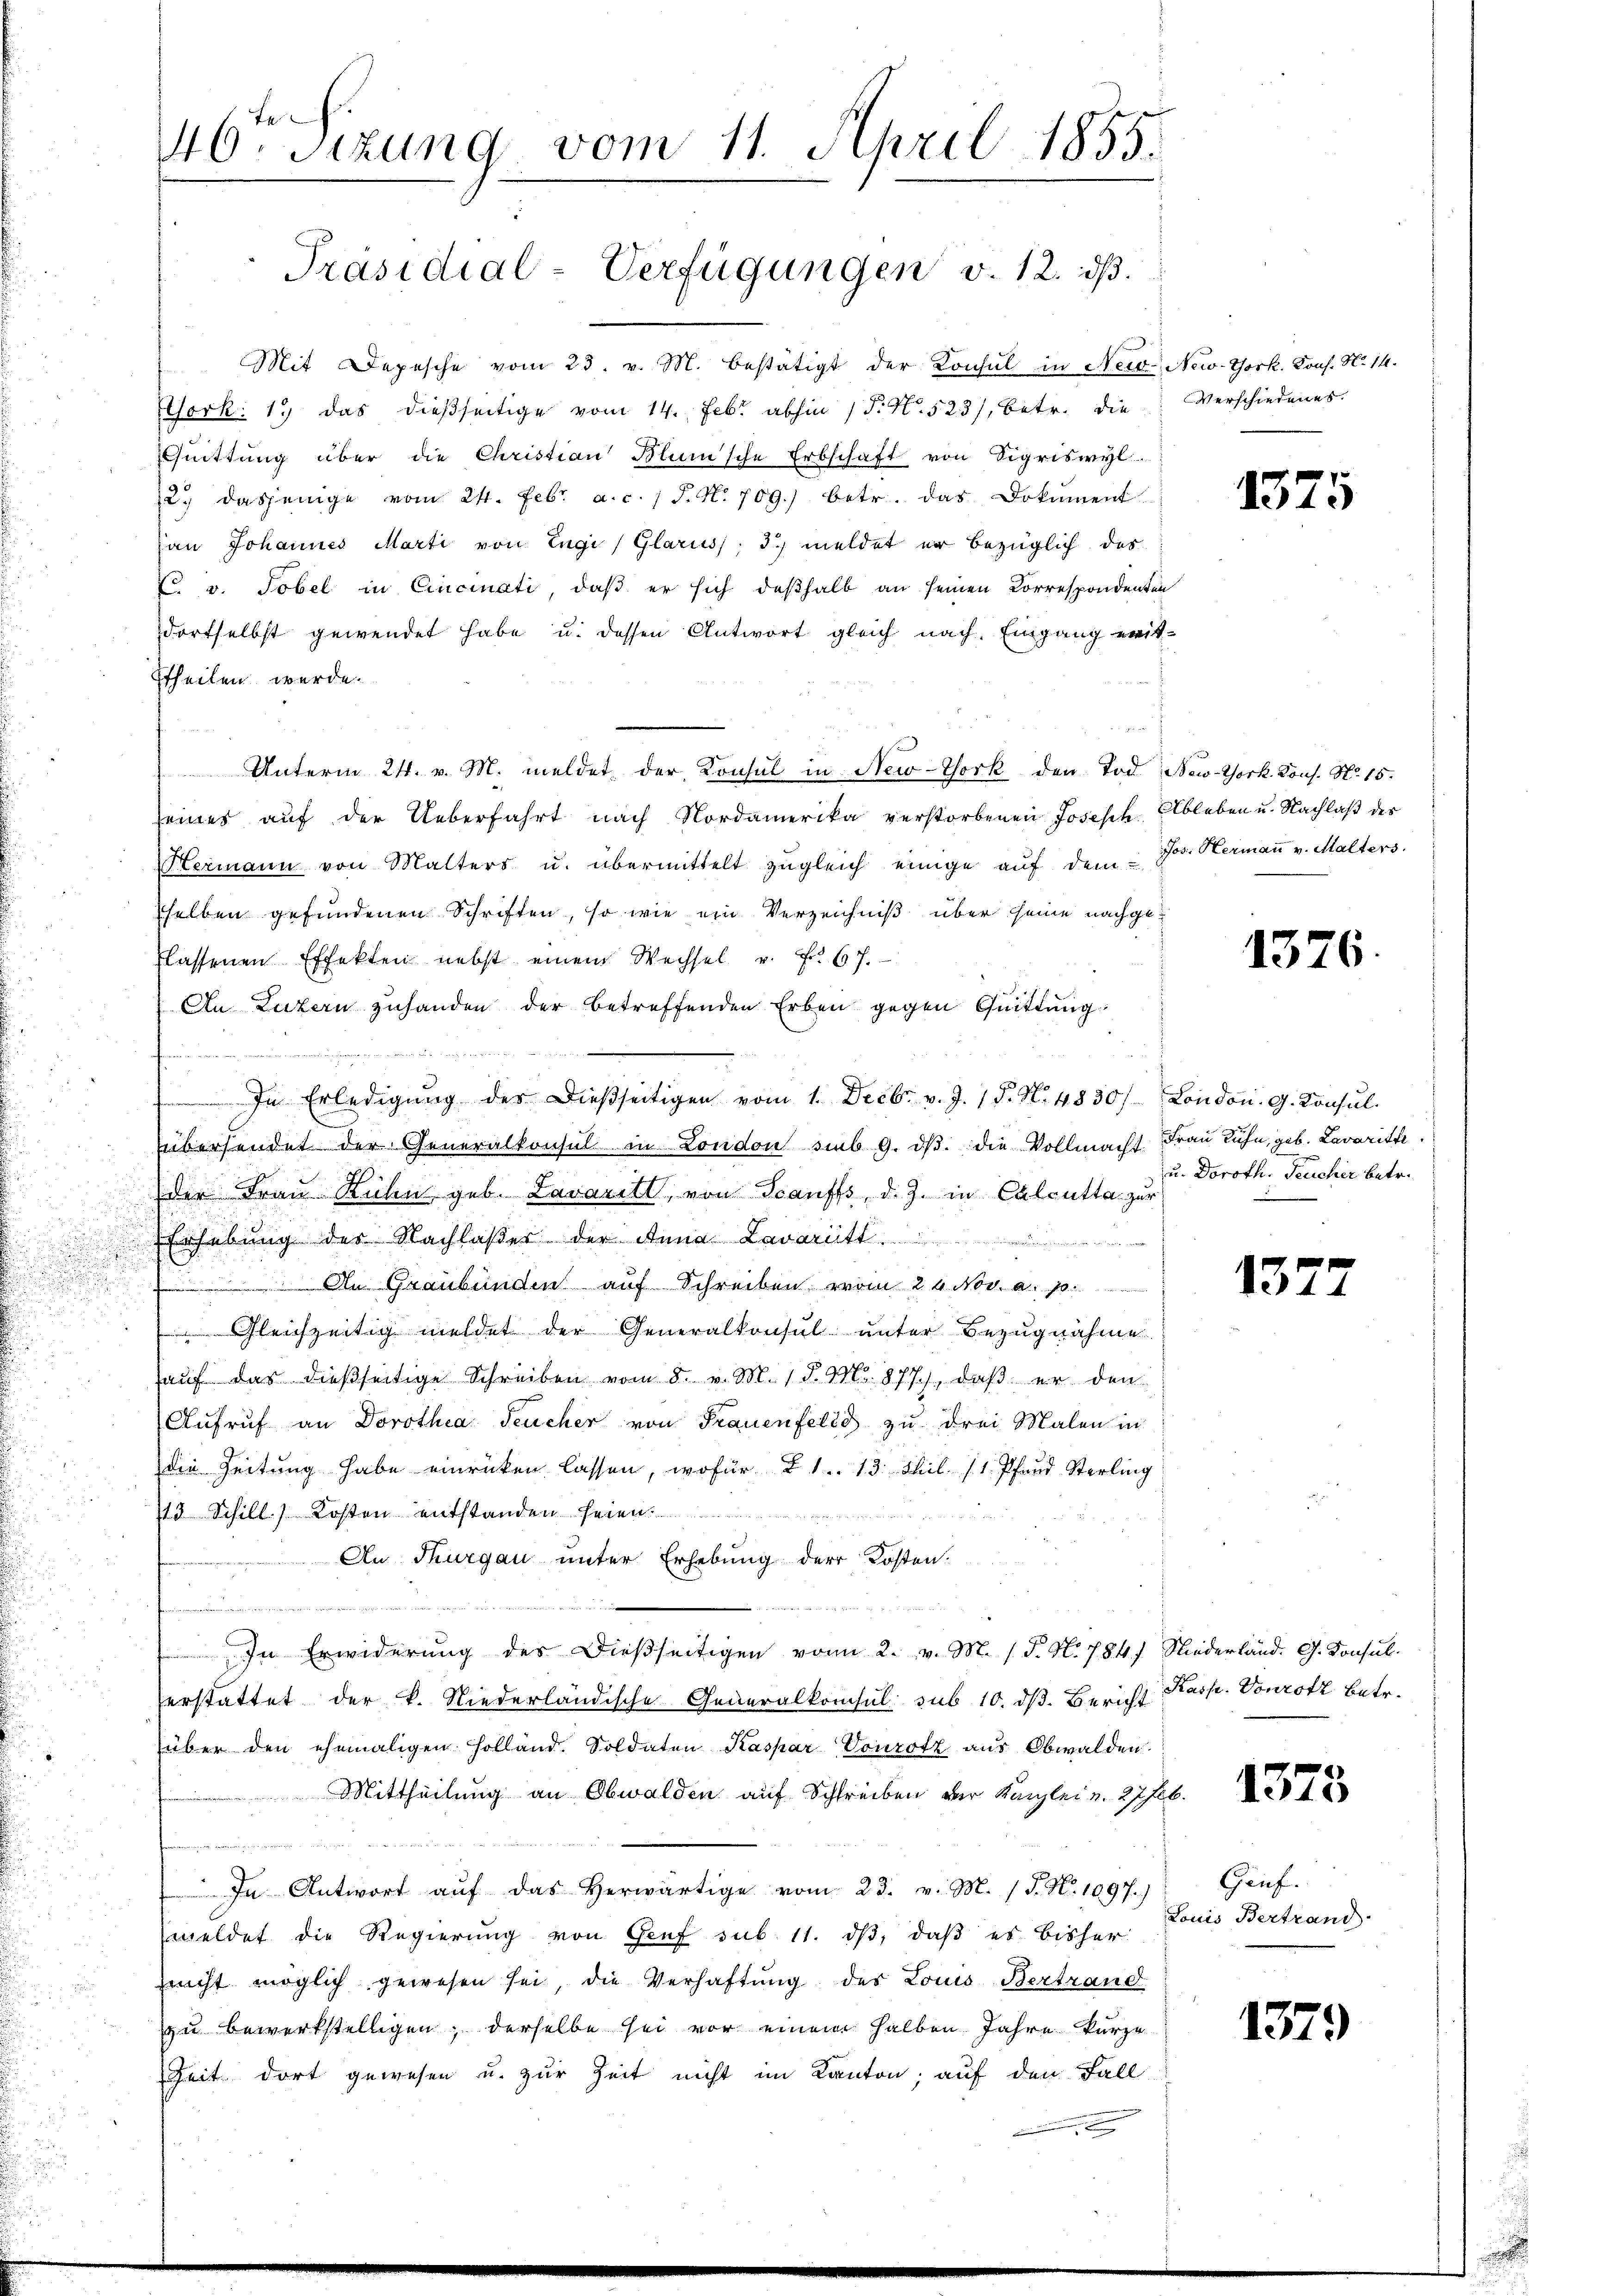
Mit Depesche vom 23. v. M. bestätigt der Konsul in New- New-York. Kons. No 14.
Esork: 15 das dießseitige vom 14. Febr. abhin 1 P. N. 523/, betr. die Verschiedenes.
Gŭittŭng über die Christian Blunsche Erbschaft von Sigriswyl
2. dasjenige vom 24. Febr. a. c. 1 P. N. 709.) betr. das Dokument
an Johannes Marti von Engi, Glarus; 3. meldet er bezüglich des
C v. Tobel in Cincinati, daß er sich deßhalb an seinen Correspondenten
dortselbst gewendet habe u. dessen Antwort gleich nach Eingang erit-
theilen werde.
u
Unterm 24. v. M. meldet der Konsul in New-York den Tod. New-York. Kons. N. 15.
seines auf der Ueberfahrt nach Nordamerika verstorbenen Joseph Ableben u. Nachlaß des
Hermann von Malters u. übermittelt zŭgleich einige aŭf dem Dr. Hermaṅ v. Malters.
selben gefundenen Schriften, so wie ein Verzeichniß über seine nachgeflassenen Effekten nebst einem Wechsel u. Fr. 67.
An Luzern zuhanden der betreffenden Erben gegen Quittung

In Erledigŭng der dießseitigen vom 1. Decbr. v. J. 15. N. 4830/ London. G. Konsul
übersendet der Generalkonsul in London sub 9. dβ. die Vollmacht Frau Ruhn, geb. Lavarith
der Frau Ruhe geb. Lavaritl, von Scanffs, d. J. in Calcutta zur
Erhebung des Nachlaßer der Anna Lavaritt.

 An Graubünden auf Schreiben vom 24. Nov. a. p.
Gleichzeitig meldet der Generalkonsul unter Bezugnahme
aŭf das dießseitige Schreiben vom 8. v. M. 1 S. Mo. 877), daβ er den
Aufruf an Dorothea Feucher von Frauenfeld zu drei Malen in
die Zeitung habe einrücken lassen, wofür 21. 13. Stil (1. Pfand Sterling
/13 Schill. Kosten entstanden seien.
An Thurgau unter Erhebung der Kosten.

.
In Erwiderung des dießseitigen von 2. v. M. (T. N. 784 Niederländ. G. Konsul
erstattet der k. Niederländische Generalkonsul sub 10. dβ. Bericht Kasp. Vonrotz betr.
über den ehemaligen Holland. Soldaten Kaspar Vourotz aus Obwalden.
Mittheilung an Obwalden auf Schreiben der Kanzlei u. 27 Feb.

In Antwort auf das herwärtige vom 23. v. M. (T. N. 1097.)
weldet die Regierung von Genf sub 11. dβ, daß es bisher
rucht möglich gewesen sei, die Verhaftung des Louis Bertrand
zu bewerkstelligen; derselbe sei vor einem halben Jahre kurze
Zeit dort gewesen u. zur Zeit nicht im Kanton, auf den Fall

46ten Sizung vom 11. April 1855.

Präsidial-Verfügungen v. 12. ds.

1375

1376.

u. Doroth. Teucher betr.

1322

1373

Gruf.
Louis Bertrand

1379